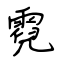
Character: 霓